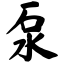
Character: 泵